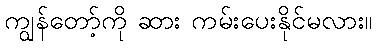
ကျွန်တော့်ကို ဆား ကမ်းပေးနိုင်မလား။